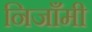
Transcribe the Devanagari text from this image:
निजाँमी